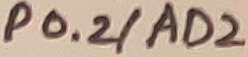
Text: P0.02AD2